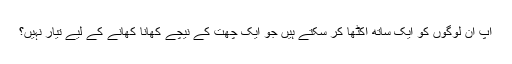
آپ ان لوگوں کو ایک ساتھ اکٹھا کر سکتے ہیں جو ایک چھت کے نیچے کھانا کھانے کے لیے تیار نہیں؟